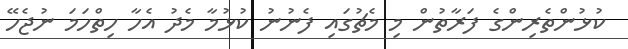
ކުޅުންތެރިންގެ ފަރާތުން މި މެޗުގައި ފެނުނު ކުޅުމާ މެދު އެހާ ހިތްހަމަ ނުޖެހޭ